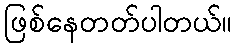
ဖြစ်နေတတ်ပါတယ်။